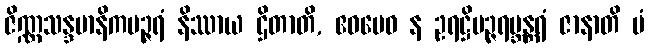
ဇိဏ္ဏသန္ဒမာနိကပဉ္ဇရံ နိဿာယ ဌိတာတိ, ဧဝမေဝ န ဥရဋ္ဌိပဉ္ဇရဗ္ဘန္တရံ ဇာနာတိ မံ